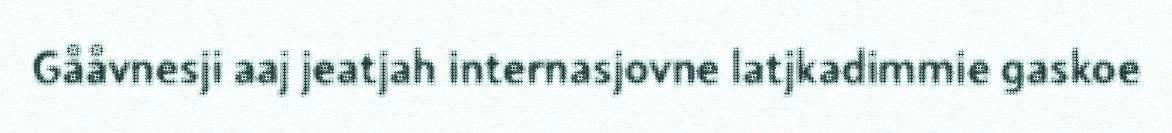
Gååvnesji aaj jeatjah internasjovne latjkadimmie gaskoe